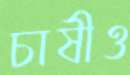
চাষীও